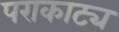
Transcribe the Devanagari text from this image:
पराकाट्य